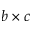
b \times c